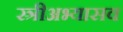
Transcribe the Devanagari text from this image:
स्त्रीअभ्यासव